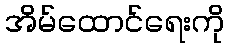
အိမ်ထောင်ရေးကို